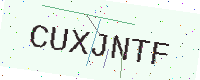
Text: CUXJNTF